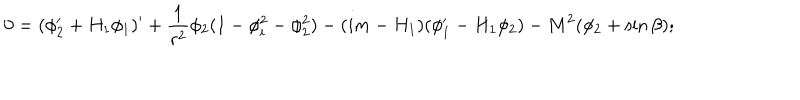
LaTeX: 0 = ( \phi _ { 2 } ^ { \prime } + H _ { 1 } \phi _ { 1 } ) ^ { \prime } + \frac { 1 } { r ^ { 2 } } \phi _ { 2 } ( 1 - \phi _ { i } ^ { 2 } - \phi _ { 2 } ^ { 2 } ) - ( i m - H _ { 1 } ) ( \phi _ { 1 } ^ { \prime } - H _ { 1 } \phi _ { 2 } ) - M ^ { 2 } ( \phi _ { 2 } + \sin \beta ) ;